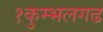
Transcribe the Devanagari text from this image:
१कुम्भलगढ